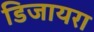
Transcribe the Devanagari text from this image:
डिजायरा